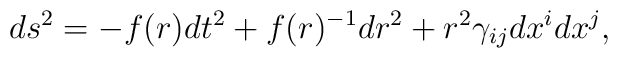
ds^2 = -f(r)dt^2 +f(r)^{-1}dr^2 +r^2 \gamma_{ij}dx^idx^j,